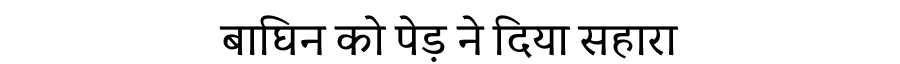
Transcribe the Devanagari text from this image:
बाघिन को पेड़ ने दिया सहारा